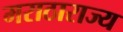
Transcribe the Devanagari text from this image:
मराठाराज्य